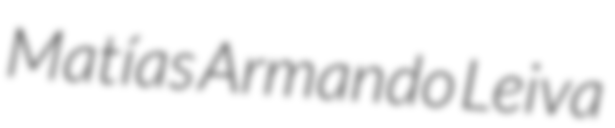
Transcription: Matías Armando Leiva